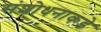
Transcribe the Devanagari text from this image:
संशोधनाकडे